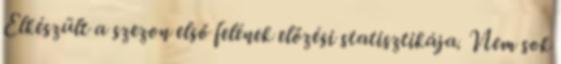
Elkészült a szezon első felének előzési statisztikája. Nem sok